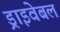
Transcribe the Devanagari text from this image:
ड्राइवेबल